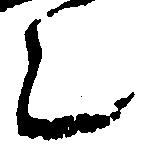
之